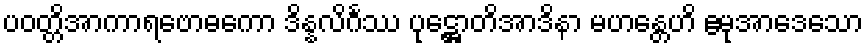
ပဝတ္တိအာကာရဗောဓကော ဒိန္နလိင်္ဂဿ ပုဋ္ဌောတိအာဒိနာ မဟန္တေဟိ ဧမုအာဒေသော